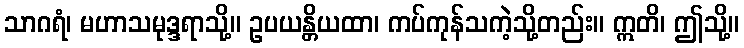
သာဂရံ၊ မဟာသမုဒ္ဒရာသို့။ ဥပယန္တိယထာ၊ ကပ်ကုန်သကဲ့သို့တည်း။ ဣတိ၊ ဤသို့။